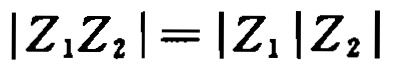
\(|Z_{1}Z_{2}| = |Z_{1}||Z_{2}|\)